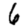
Digit: 6